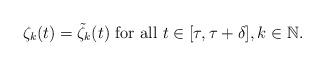
LaTeX: \begin{align*}\zeta_k(t) = {\tilde{\zeta}}_k(t) \mbox{ for all } t \in [\tau,\tau+\delta], k \in \mathbb{N}.\end{align*}